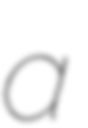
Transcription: a